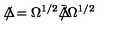
\Delta \! \! \! \! / = \Omega ^ { 1 / 2 } { \bar { \Delta } } \! \! \! \! / \Omega ^ { 1 / 2 }